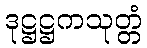
ဒုဋ္ဌဋ္ဌကသုတ္တံ